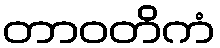
တာဝတိကံ